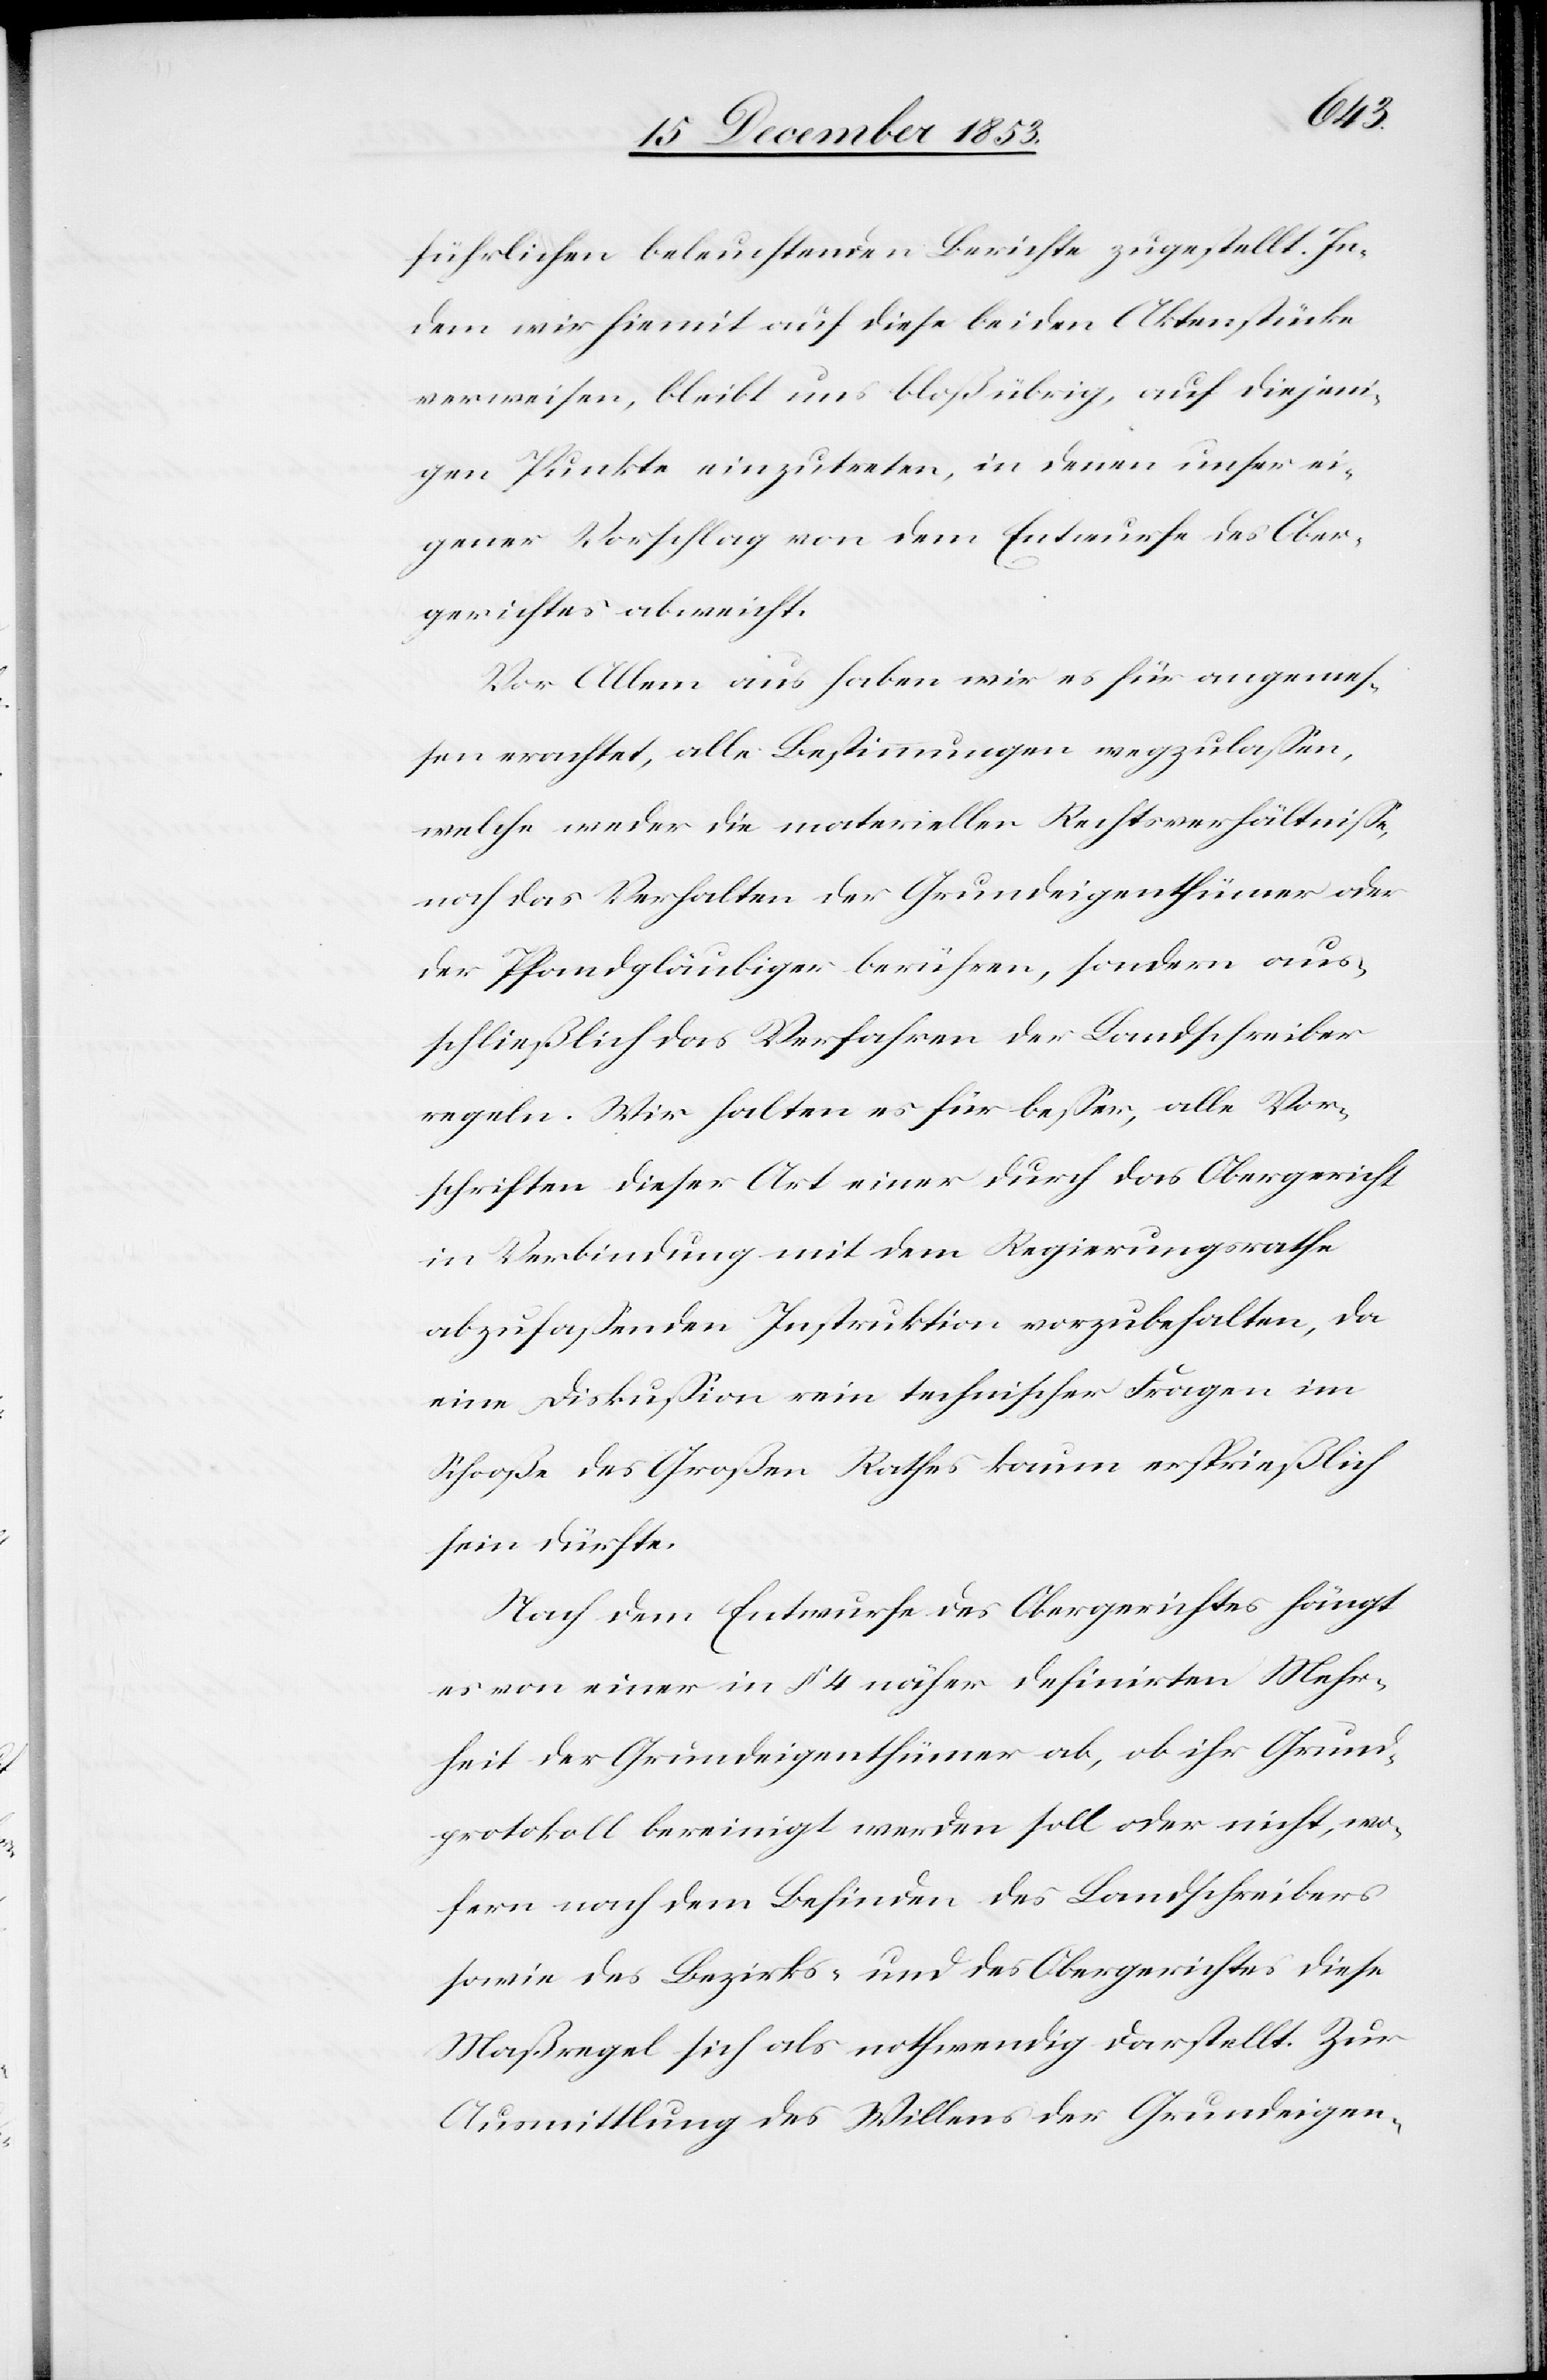
führlichen beleuchtenden Berichte zugestellt. In¬
dem wir hiermit auf diese beiden Aktenstücke
verweisen, bleibt uns bloß übrig, auf diejeni¬
gen Punkte einzutreten, in denen unser ei¬
gener Vorschlag von dem Entwurfe des Ober¬
gerichtes abweicht.
Vor Allem aus haben wir es für angemeß¬
en erachtet, alle Bestimmungen wegzulaßen,
welche weder die materiellen Rechtsverhältniße,
noch das Verhalten der Grundeigenthümer oder
der Pfandgläubiger berühren, sondern aus¬
schließlich das Verfahren der Landschreiber
regeln. Wir halten es für beßer, alle Vor¬
schriften dieser Art einer durch das Obergericht
in Verbindung mit dem Regierungsrathe
abzufaßenden Instruktion vorzubehalten, da
eine Diskußion rein technischer Fragen im
Schooße des Großen Rathes kaum ersprießlich
sein dürfte.
Nach dem Entwurfe des Obergerichtes hängt
es von einer in § 4 näher definirten Mehr¬
heit der Grundeigenthümer ab, ob ihr Grund¬
protokoll bereinigt werden soll oder nicht, wo¬
fern nach dem Befinden des Landschreibers
sowie des Bezirks- und des Obergerichtes diese
Maßregel sich als nothwendig darstellt. Zur
Ausmittlung des Willens der Grundeigen-